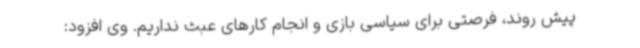
پیش روند، فرصتی برای سیاسی بازی و انجام کارهای عبث نداریم. وی افزود: